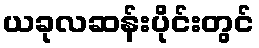
ယခုလဆန်းပိုင်းတွင်